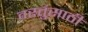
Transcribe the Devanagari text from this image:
वस्तुंसाठी